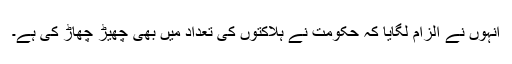
انہوں نے الزام لگایا کہ حکومت نے ہلاکتوں کی تعداد میں بھی چھیڑ چھاڑ کی ہے۔